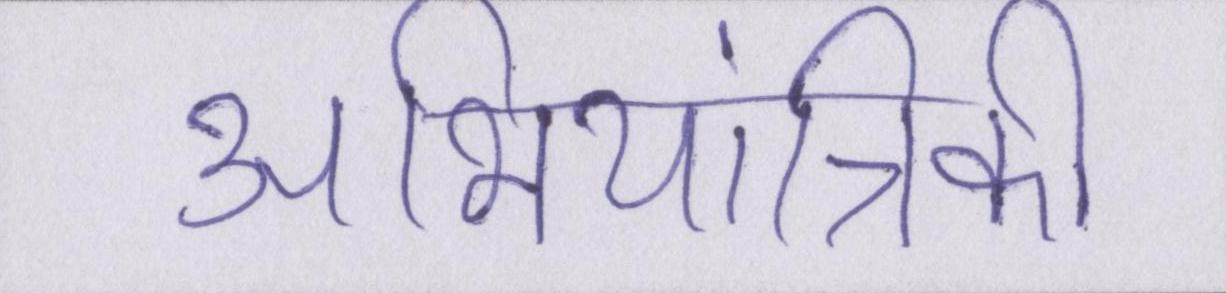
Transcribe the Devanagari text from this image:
अभियांत्रिकी